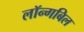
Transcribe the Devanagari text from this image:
लॉन्गबिल